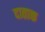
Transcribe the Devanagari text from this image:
दाताक